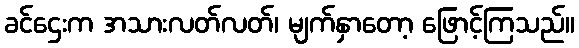
ခင်ဌေးက အသားလတ်လတ်၊ မျက်နှာတော့ ဖြောင့်ကြသည်။